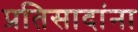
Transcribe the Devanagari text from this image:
प्रतिसादांना